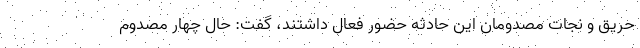
حریق و نجات مصدومان این حادثه حضور فعال داشتند، گفت: حال چهار مصدوم